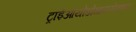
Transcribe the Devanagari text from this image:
ट्राईआयोडोथायरोनाइन